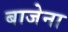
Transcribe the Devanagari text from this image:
बाजेना